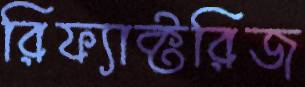
রিফ্যাক্টরিজ